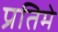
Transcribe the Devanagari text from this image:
प्रतिमे